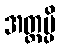
အတ္ထမ္ပိ